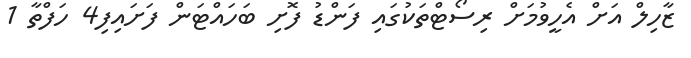
ޒާހިލް އަށް އެހީވުމަށް ރިސޯޓްތަކުގައި ފަންޑު ފޮށި ބަހައްޓަން ފަށައިފި4 ހަފްތާ 1